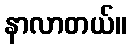
နာလာတယ်။